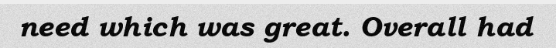
need which was great. Overall had